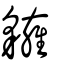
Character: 𧴗